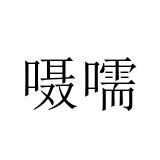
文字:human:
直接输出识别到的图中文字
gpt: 嗫嚅